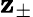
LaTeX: \mathbf{z}_{\pm}